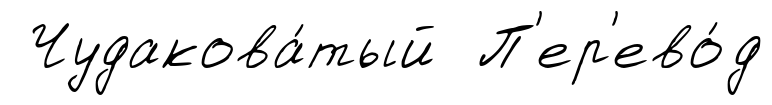
Чудакова́тый П'ер'ево́д